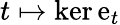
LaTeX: t\mapsto\ker\mathrm{e}_{t}